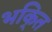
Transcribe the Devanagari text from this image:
भकि्‌त